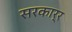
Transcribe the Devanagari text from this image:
सरकार्र